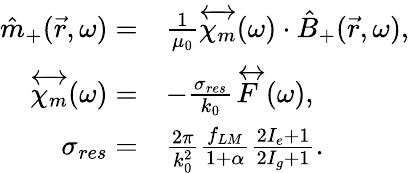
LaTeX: \begin{array}{rl}{\hat{m}_{+}(\vec{r},\omega)=}&{\frac{1}{\mu_{0}}\overleftrightarrow{\chi_{m}}(\omega)\cdot\hat{B}_{+}(\vec{r},\omega),}\\ {\overleftrightarrow{\chi_{m}}(\omega)=}&{-\frac{\sigma_{res}}{k_{0}}\overleftrightarrow{F}(\omega),}\\ {\sigma_{res}=}&{\frac{2\pi}{k_{0}^{2}}\frac{f_{LM}}{1+\alpha}\frac{2I_{e}+1}{2I_{g}+1}.}\end{array}